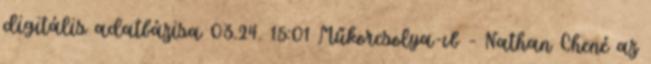
digitális adatbázisa 03.24. 15:01 Műkorcsolya-vb - Nathan Chené az